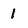
Character: 1